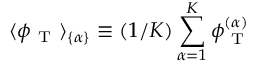
\langle \phi _ { \mathrm { ~ T ~ } } \rangle _ { \{ \alpha \} } \equiv ( 1 / K ) \sum _ { \alpha = 1 } ^ { K } \phi _ { \mathrm { ~ T ~ } } ^ { ( \alpha ) }